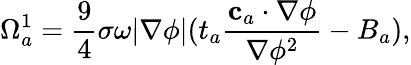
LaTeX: \Omega_{a}^{1}=\frac{9}{4}\sigma\omega|\nabla\phi|(t_{a}\frac{\mathbf{c}_{a}\cdot\nabla\phi}{\nabla\phi^{2}}-B_{a}),